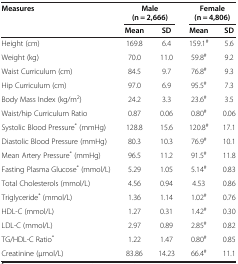
<table><thead><tr><td rowspan="2"><b>Measures</b></td><td colspan="2"><b>Male (n = 2,666)</b></td><td colspan="2"><b>Female (n = 4,806)</b></td></tr><tr><td><b>Mean</b></td><td><b>SD</b></td><td><b>Mean</b></td><td><b>SD</b></td></tr></thead><tbody><tr><td>Height (cm)</td><td>169.8</td><td>6.4</td><td>159.1<sup>#</sup></td><td>5.6</td></tr><tr><td>Weight (kg)</td><td>70.0</td><td>11.0</td><td>59.8<sup>#</sup></td><td>9.2</td></tr><tr><td>Waist Curriculum (cm)</td><td>84.5</td><td>9.7</td><td>76.8<sup>#</sup></td><td>9.3</td></tr><tr><td>Hip Curriculum (cm)</td><td>97.0</td><td>6.9</td><td>95.5<sup>#</sup></td><td>7.3</td></tr><tr><td>Body Mass Index (kg/m<sup>2</sup>)</td><td>24.2</td><td>3.3</td><td>23.6<sup>#</sup></td><td>3.5</td></tr><tr><td>Waist/hip Curriculum Ratio</td><td>0.87</td><td>0.06</td><td>0.80<sup>#</sup></td><td>0.06</td></tr><tr><td>Systolic Blood Pressure<sup>*</sup> (mmHg)</td><td>128.8</td><td>15.6</td><td>120.8<sup>#</sup></td><td>17.1</td></tr><tr><td>Diastolic Blood Pressure (mmHg)</td><td>80.3</td><td>10.3</td><td>76.9<sup>#</sup></td><td>10.1</td></tr><tr><td>Mean Artery Pressure<sup>*</sup> (mmHg)</td><td>96.5</td><td>11.2</td><td>91.5<sup>#</sup></td><td>11.8</td></tr><tr><td>Fasting Plasma Glucose<sup>*</sup> (mmol/L)</td><td>5.29</td><td>1.05</td><td>5.14<sup>#</sup></td><td>0.83</td></tr><tr><td>Total Cholesterols (mmol/L)</td><td>4.56</td><td>0.94</td><td>4.53</td><td>0.86</td></tr><tr><td>Triglyceride<sup>*</sup> (mmol/L)</td><td>1.36</td><td>1.14</td><td>1.02<sup>#</sup></td><td>0.76</td></tr><tr><td>HDL-C (mmol/L)</td><td>1.27</td><td>0.31</td><td>1.42<sup>#</sup></td><td>0.30</td></tr><tr><td>LDL-C (mmol/L)</td><td>2.97</td><td>0.89</td><td>2.85<sup>#</sup></td><td>0.82</td></tr><tr><td>TG/HDL-C Ratio<sup>*</sup></td><td>1.22</td><td>1.47</td><td>0.80<sup>#</sup></td><td>0.85</td></tr><tr><td>Creatinine (μmol/L)</td><td>83.86</td><td>14.23</td><td>66.4<sup>#</sup></td><td>11.1</td></tr></tbody></table>